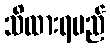
သိထားရမည်